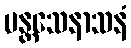
ပန္တသေနာသနံ